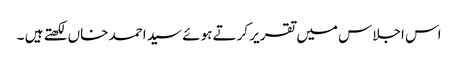
اس اجلاس میں تقریر کرتے ہوئے سید احمد خاں لکھتے ہیں ۔